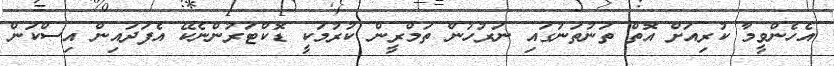
އެހެންވީމާ ކުރިއަށް އޮތް ތަނުތަނުގައި ނަރުހުން ތަމްރީން ކުރުމަކީ ޑޮކްޓަރުންނެކޭ އެފަދައިން އިސްކަން